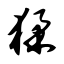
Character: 猱